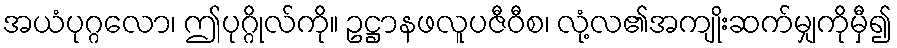
အယံပုဂ္ဂလော၊ ဤပုဂ္ဂိုလ်ကို။ ဥဋ္ဌာနဖလူပဇီဝီစ၊ လုံ့လ၏အကျိုးဆက်မျှကိုမှီ၍